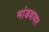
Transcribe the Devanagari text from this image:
मांडवावर